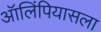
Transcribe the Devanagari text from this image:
ऑलिंपियासला